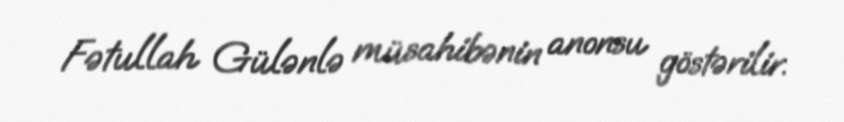
Fətullah Gülənlə müsahibənin anonsu göstərilir.